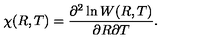
\chi ( R , T ) = \frac { \partial ^ { 2 } \ln W ( R , T ) } { \partial R \partial T } .